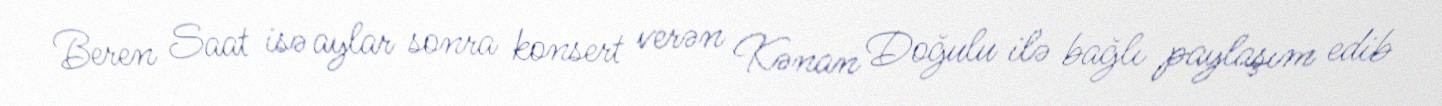
Beren Saat isə aylar sonra konsert verən Kənan Doğulu ilə bağlı paylaşım edib